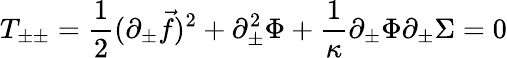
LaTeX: T_{\pm\pm}={\frac{1}{2}}(\partial_{\pm}{\vec{f}})^{2}+\partial_{\pm}^{2}\Phi+{\frac{1}{\kappa}}\partial_{\pm}\Phi\partial_{\pm}\Sigma=0